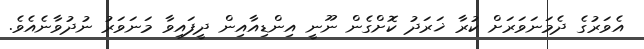
އެވަރުގެ ދެމަނަވަރަށް ކުރާ ޚަރަދު ކޮށްގެން ނޫނީ އިންޑިއާއިން ދީފައިވާ މަނަވަރު ނުދުވާނެއެވެ.